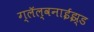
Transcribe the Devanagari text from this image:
ग्लॅल्वनाईझ्ड